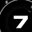
Digit: 7